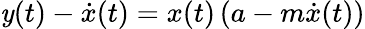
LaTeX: \mathit{y}(t)-\dot{{x}}(t)=x(t)\left(a-m\dot{{x}}(t)\right)